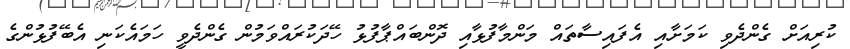
ކުރިއަށް ގެންދެވި ކަމަށާއި އެފައިސާތައް މަންމާފުޅާއި ދޮންބައްޕާފުޅު ހޭދަކުރައްވަމުން ގެންދެވީ ހަމައެކަނި އެބޭފުޅުންގެ